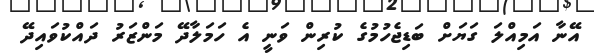
އޭނާ އަމިއްލަ ގަޔަށް ބަޑިޖެހުމުގެ ކުރިން ވަނީ އެ ހަމަލާދޭ މަންޒަރު ދައްކުވައިދޭ